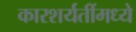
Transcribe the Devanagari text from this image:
कारशर्यतींमध्ये